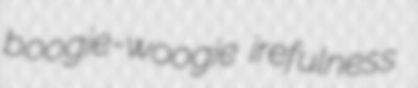
boogie-woogie irefulness